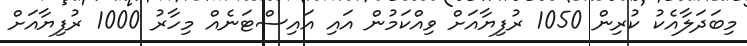
މިބަދަލާއެކު ކުރިން 1050 ރުފިޔާއަށް ވިއްކަމުން އައި އައިސްޓަނެއް މިހާރު 1000 ރުފިޔާއަށް